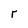
Character: r